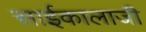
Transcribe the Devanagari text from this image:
साईकालाजी